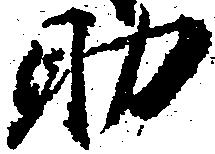
助